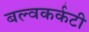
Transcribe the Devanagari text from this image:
बल्वकर्कटी